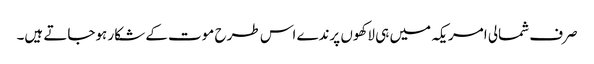
صرف شمالی امریکہ میں ہی لاکھوں پرندے اس طرح موت کے شکار ہوجاتے ہیں۔